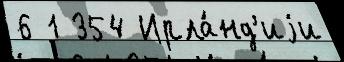
6 1 354 Ирла́нд'иjи